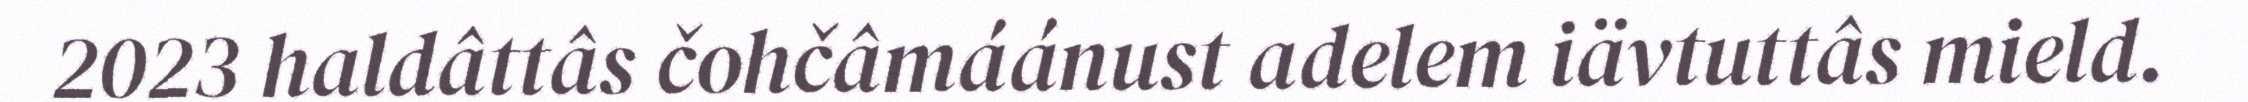
2023 haldâttâs čohčâmáánust adelem iävtuttâs mield.